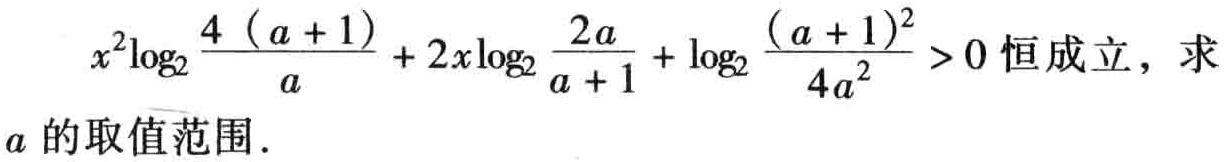
\(x^{2}\log_{2}\frac{4(a + 1)}{a}+2x\log_{2}\frac{2a}{a + 1}+\log_{2}\frac{(a + 1)^{2}}{4a^{2}}>0\)恒成立，求\(a\)的取值范围.